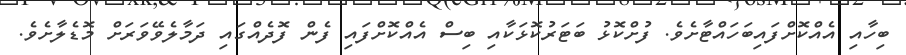
ބިހާއި އެއްކޮށްފައިބަހައްޓާށެވެ. ފުށްކޮޅު ބަޓަރުކޮޅަކާއި ބިސް އެއްކޮށްފައި ފެން ފޮދެއްގައި ދަމާލެވޭވަރަށް މޮޑެލާށެވެ.